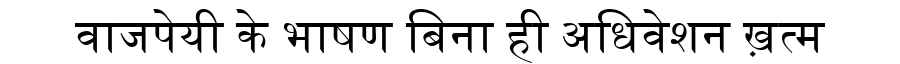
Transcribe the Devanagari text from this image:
वाजपेयी के भाषण बिना ही अधिवेशन ख़त्म